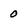
Character: 0